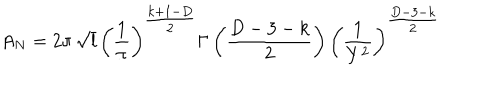
A _ { N } = 2 \pi \, \sqrt { l } \, \left( \frac { 1 } { \pi } \right) ^ { { \textstyle \frac { k + 1 - D } { 2 } } } \Gamma \left( \frac { D - 3 - k } { 2 } \right) \left( \frac { 1 } { Y ^ { 2 } } \right) ^ { { \textstyle \frac { D - 3 - k } { 2 } } }